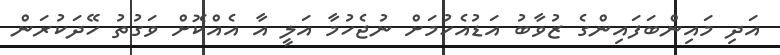
އަދި މައިންބަފައިންގެ ޒުވާބު އަޑުއެހުމަށް ނުޖެހުމާ އަލީ އާ އެއްކޮށް ވަގުތު ހޭދަކުރަން